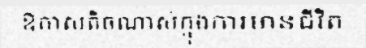
ឱកាសតិចណាស់ក្នុងការមានជីវិត